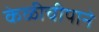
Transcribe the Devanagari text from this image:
केळीचीपाने